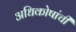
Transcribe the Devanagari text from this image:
अधिकोषांची